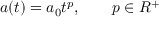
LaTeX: a ( t ) = a _ { 0 } t ^ { p } , \qquad p \in R ^ { + }